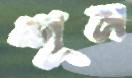
শূন